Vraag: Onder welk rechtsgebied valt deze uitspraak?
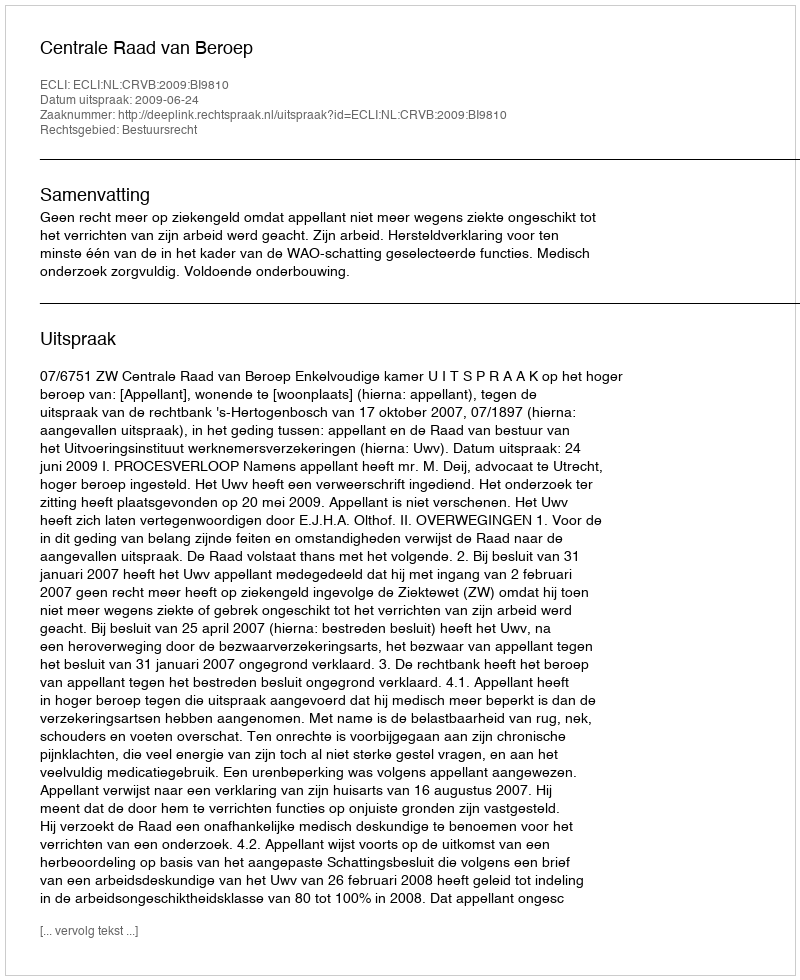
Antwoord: Bestuursrecht